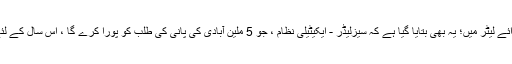
وزارت کے رائے لیٹر میں؛ یہ بھی بتایا گیا ہے کہ سیزلیڈر - ایکیٹیلی نظام ، جو 5 ملین آبادی کی پانی کی طلب کو پورا کرے گا ، اس سال کے لئے بند رہے گا۔